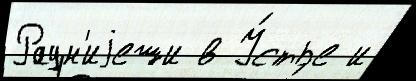
Раун'иjеши в У́стье и